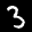
Label: 3